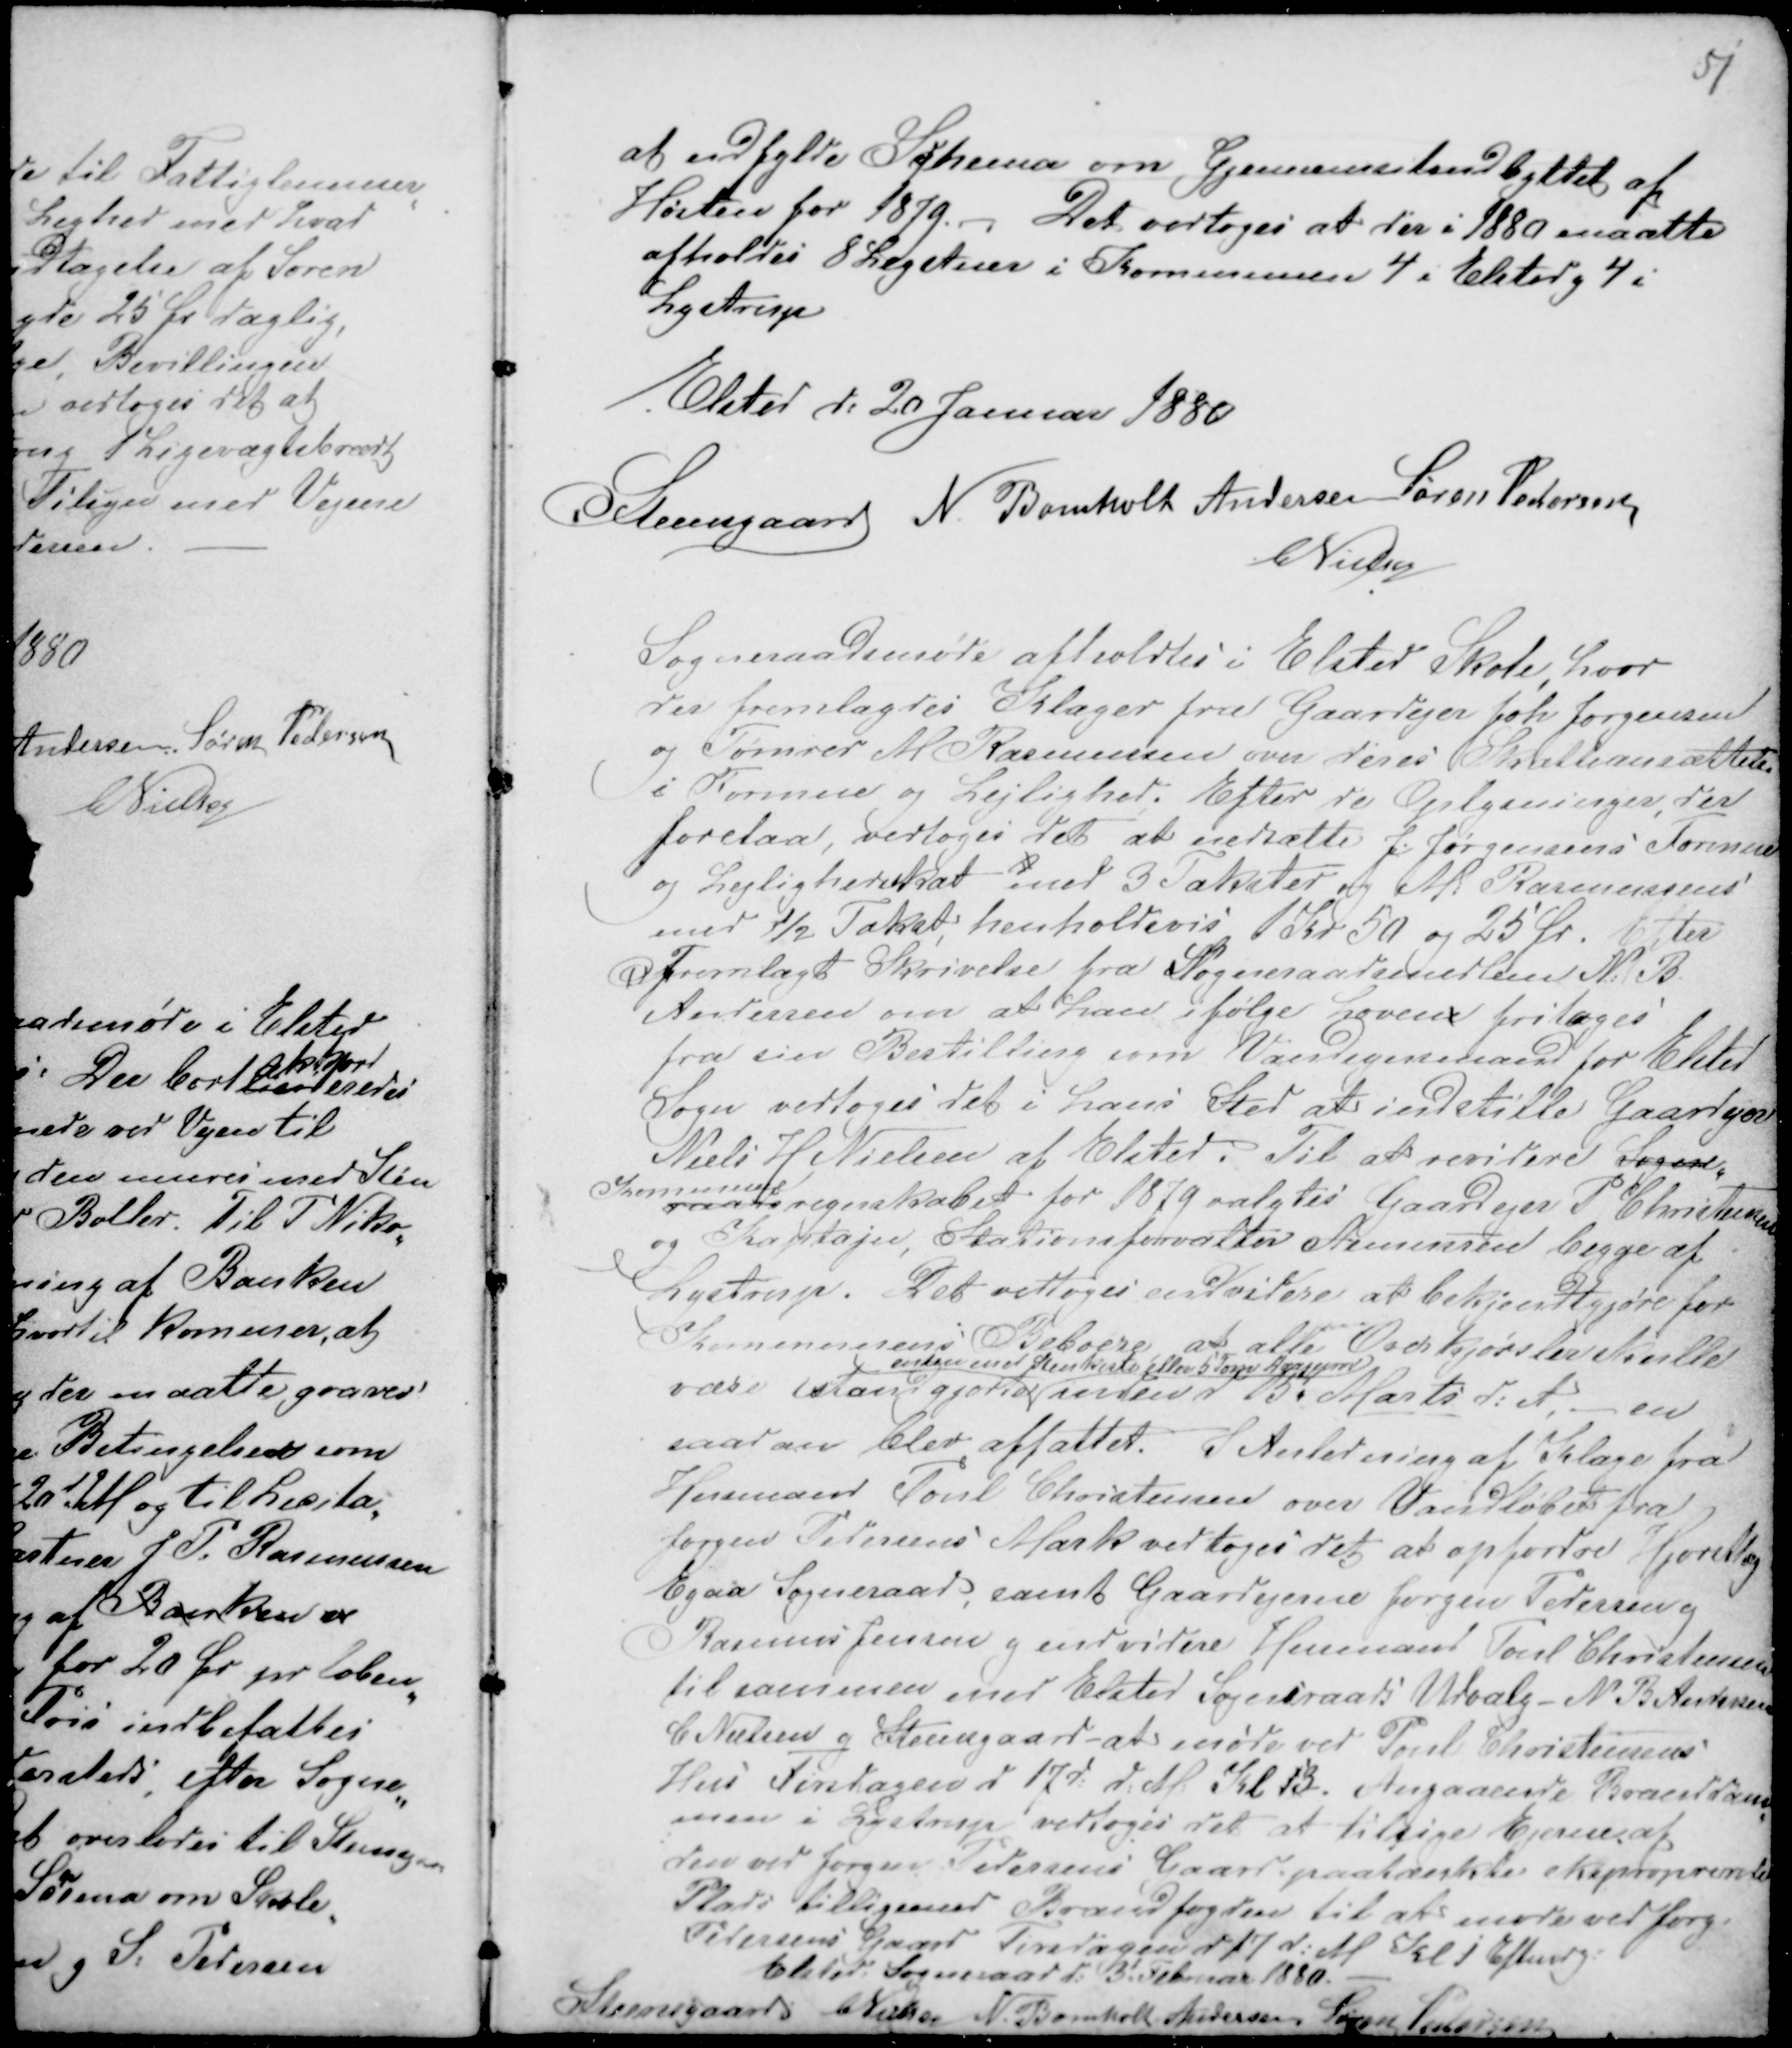
Transskription:
51

at udfylde Schema om Gjennemsnitsudbyttet af
Høsten for 1879. - Det vedtoges at der i 1880 maatte
afholdes 8 Legstuer i Kommunen 4 i Elsted g 4 i
Lystrup
Elsted d: 20 Januar 1880
Steensgaard N. Bomholt Andersen Søren Pedersen
CNielsen

Sogneraadsmøde afholdtes i Elsted Skole, hvor
der fremlagdes Klager fra Gaardejer Joh Jørgensen
og Tømrer M Rasmussen over deres Skatteansættelser
i Formue og Lejlighed. Efter de Oplysninger der
forelaa, vedtoges det at nedsætte J. Jørgensens Formue
og Lejlighedsskat med 3 Takster og M Rasmussens
med ½ Takst, henholdsvis 1 Kr 50 og 25 Ør. Efter
Ffremlagt Skrivelse fra Sogneraadsmedlem N: B.
Andersen om at han ifølge Lovene fritages
fra sin Bestilling som Vandsynsmand for Elsted
Sogn vedtoges det i hans Sted at indstille Gaardejer
Niels H Nielsen af Elsted. Til at revidere Sogne-
Kommune
raadets regnskabet for 1879 valgtes Gaardejer P. Christensen
og Kaptajn, Stationsforvalter Asmussen begge af
Lystrup. Det vedtoges endvidere at bekjendtgjøre for
Kommunens Beboere, at alle Overkjørsler skulle
være istandgjorte
enten med Stenkiste eller 5 Tons A..........
inden d 15d Marts d: A, - en
saadan blev affattet. I Anledning af Klage fra
Husmand Poul Christensen over Vandløbet fra
Jørgen Pedersens Mark vedtoges det at opfordre Hjortshøj
Egaa Sogneraad, samt Gaardejerne Jørgen Pedersen g
Rasmus Jensen g endvidere Husmand Poul Christensen
til sammen med Elsted Sogneraads Udvalg - N B Andersen
C Nielsen g Steensgaard - at møde ved Poul Christensens
Hus Tirsdagen d 17d: d: M: Kl 13. Angaaende Branddam-
men i Lystrup vedtoges det at tilsige Ejerne af
den ved Jørgen Pedersens Gaard paatænkte eksproprende
Plads tilligemed Brandfogden til at møde ved Jørg
Pedersens Gaard Tirsdagen d 17 d: M Kl 1 Eftendg
Elsted Sogneraad d: 3t Februar 1880. -
Steensgaard CNielsen N. Bomholt Andersen
Søren Pedersen